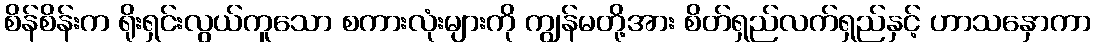
စိန်စိန်းက ရိုးရှင်းလွယ်ကူသော စကားလုံးများကို ကျွန်မတို့အား စိတ်ရှည်လက်ရှည်နှင့် ဟာသနှောကာ